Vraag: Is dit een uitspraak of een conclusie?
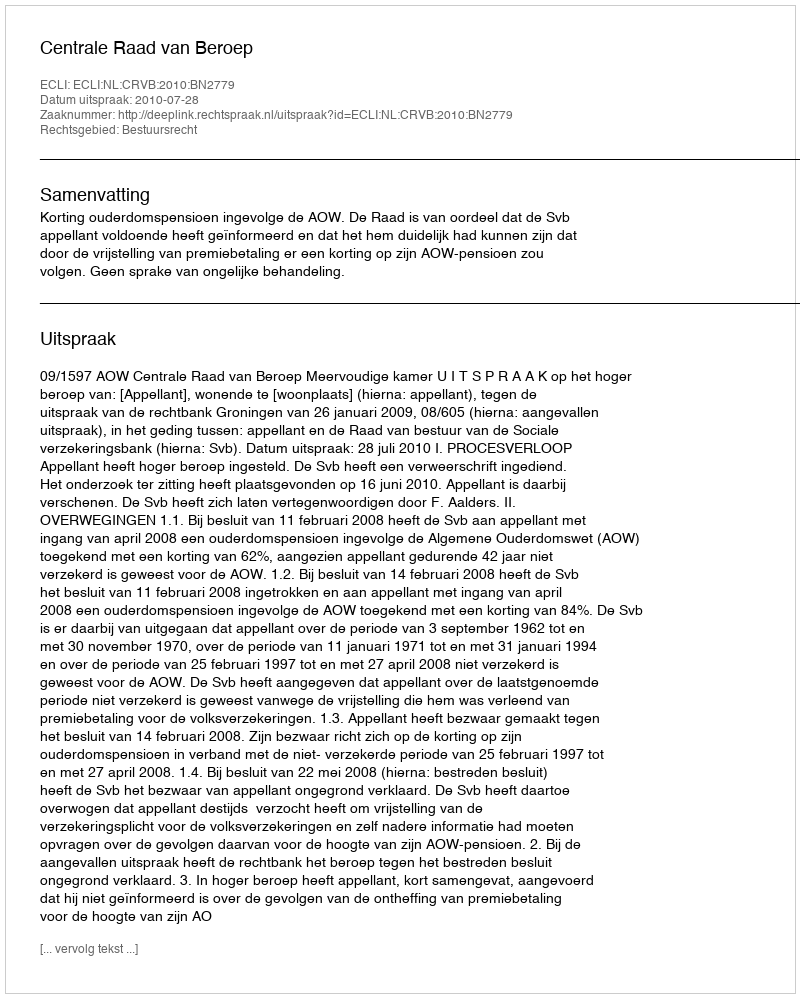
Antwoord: Uitspraak